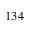
1 3 4